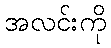
အလင်းကို